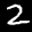
Label: 2